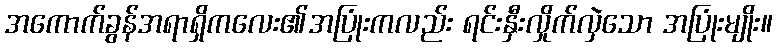
အကောက်ခွန်အရာရှိကလေး၏အပြုံးကလည်း ရင်းနှီးလှိုက်လှဲသော အပြုံးမျိုး။